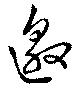
邀